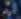
يرام